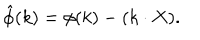
LaTeX: { \hat { \phi } } ( k ) = \phi ( k ) - ( k \cdot X ) .